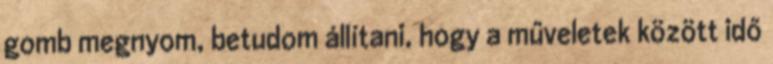
gomb megnyom, betudom állítani, hogy a műveletek között idő